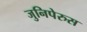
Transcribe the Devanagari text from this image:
जुनिपेरुस